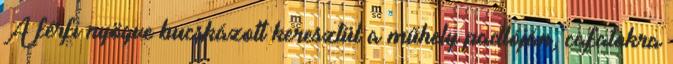
A férfi nyögve bucskázott keresztül a műhely padlóján, cafatokra